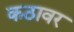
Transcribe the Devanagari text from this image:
कठावर